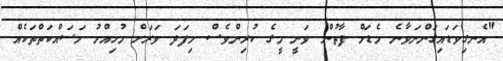
"އެނގިވަޑައިގަންނަވާނެ މެޑަމް ފާތުން ވަނީ މީގެ ކުރިންވެސް މިފަދަ ވަރަށް މުހިއްމު މަސައްކަތްތަކެއް